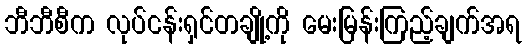
ဘီဘီစီက လုပ်ငန်းရှင်တချို့ကို မေးမြန်းကြည့်ချက်အရ